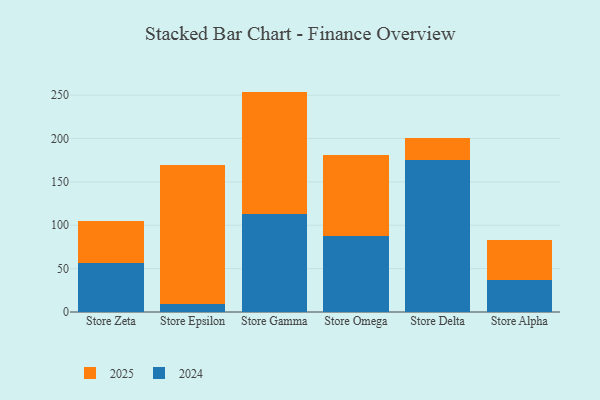
{"axis": {"x": "Store", "y": "Energy Usage (MWh)"}, "legend": ["2024", "2025"], "data": [{"x": "Store Zeta", "y": 56.8, "type": "2024"}, {"x": "Store Zeta", "y": 47.9, "type": "2025"}, {"x": "Store Epsilon", "y": 8.7, "type": "2024"}, {"x": "Store Epsilon", "y": 160.3, "type": "2025"}, {"x": "Store Gamma", "y": 113.5, "type": "2024"}, {"x": "Store Gamma", "y": 140.6, "type": "2025"}, {"x": "Store Omega", "y": 87.1, "type": "2024"}, {"x": "Store Omega", "y": 94.3, "type": "2025"}, {"x": "Store Delta", "y": 175.8, "type": "2024"}, {"x": "Store Delta", "y": 24.8, "type": "2025"}, {"x": "Store Alpha", "y": 37.1, "type": "2024"}, {"x": "Store Alpha", "y": 45.7, "type": "2025"}]}